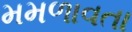
મમળાવતા